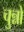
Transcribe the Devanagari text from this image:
चुन्नो